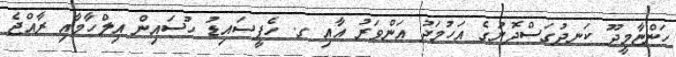
ހަންޏާމީދޫ ކަނދުގަސްދޮށުގެ އަހުމަދު އަންވަރު އާއި ގ. ހެޕީސައިޑު ހުސައިން އިލްހާމާއި ރާއްޖެ